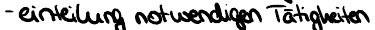
- einteilung notwendigen Tätigkeiten